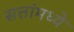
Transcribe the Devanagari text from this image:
सत्तांमध्ये